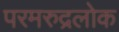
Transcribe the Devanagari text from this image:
परमरुद्रलोक